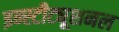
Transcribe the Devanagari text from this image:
इन्स्टीट्यूशनल